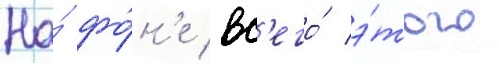
На́ фо́н'е вс'его́ э́того